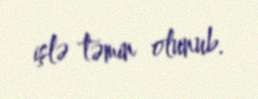
işlə təmin olunub.